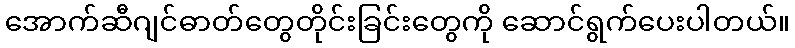
အောက်ဆီဂျင်ဓာတ်တွေတိုင်းခြင်းတွေကို ဆောင်ရွက်ပေးပါတယ်။